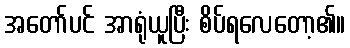
အတော်ပင် အာရုံယူပြီး စိပ်ရလေတော့၏။